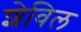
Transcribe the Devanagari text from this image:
शेविल